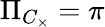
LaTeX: \Pi_{C_{\times}}=\pi